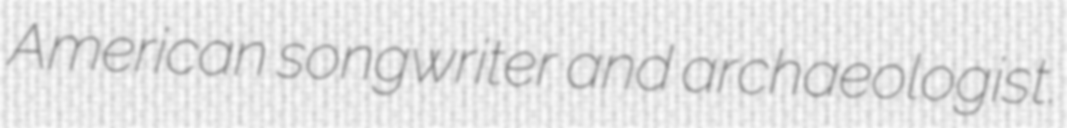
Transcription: American songwriter and archaeologist.